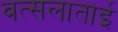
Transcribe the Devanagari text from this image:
वत्सलाताई